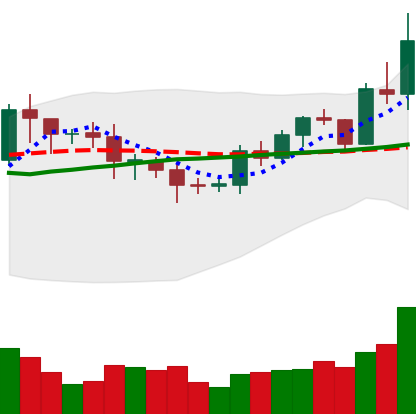
Ticker: EOS-USD
Chart end date: 2020-07-27
Forward return: 15.894%
Label: up_7plus